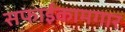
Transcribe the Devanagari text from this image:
सफाईकामगार